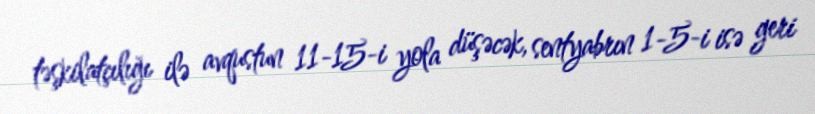
təşkilatçılığı ilə avqustun 11-15-i yola düşəcək, sentyabrın 1-5-i isə geri